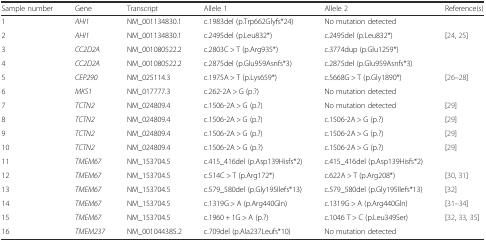
<table><thead><tr><td><b>Sample number</b></td><td><b>Gene</b></td><td><b>Transcript</b></td><td><b>Allele 1</b></td><td><b>Allele 2</b></td><td><b>Reference(s)</b></td></tr></thead><tbody><tr><td>1</td><td><i>AHI1</i></td><td>NM_001134830.1</td><td>c.1983del (p.Trp662Glyfs*24)</td><td>No mutation detected</td><td></td></tr><tr><td>2</td><td><i>AHI1</i></td><td>NM_001134830.1</td><td>c.2495del (p.Leu832*)</td><td>c.2495del (p.Leu832*)</td><td>[24, 25]</td></tr><tr><td>3</td><td><i>CC2D2A</i></td><td>NM_001080522.2</td><td>c.2803C &gt; T (p.Arg935*)</td><td>c.3774dup (p.Glu1259*)</td><td></td></tr><tr><td>4</td><td><i>CC2D2A</i></td><td>NM_001080522.2</td><td>c.2875del (p.Glu959Asnfs*3)</td><td>c.2875del (p.Glu959Asnfs*3)</td><td></td></tr><tr><td>5</td><td><i>CEP290</i></td><td>NM_025114.3</td><td>c.1975A &gt; T (p.Lys659*)</td><td>c.5668G &gt; T (p.Gly1890*)</td><td>[26–28]</td></tr><tr><td>6</td><td><i>MKS1</i></td><td>NM_017777.3</td><td>c.262-2A &gt; G (p.?)</td><td>No mutation detected</td><td></td></tr><tr><td>7</td><td><i>TCTN2</i></td><td>NM_024809.4</td><td>c.1506-2A &gt; G (p.?)</td><td>No mutation detected</td><td>[29]</td></tr><tr><td>8</td><td><i>TCTN2</i></td><td>NM_024809.4</td><td>c.1506-2A &gt; G (p.?)</td><td>c.1506-2A &gt; G (p.?)</td><td>[29]</td></tr><tr><td>9</td><td><i>TCTN2</i></td><td>NM_024809.4</td><td>c.1506-2A &gt; G (p.?)</td><td>c.1506-2A &gt; G (p.?)</td><td>[29]</td></tr><tr><td>10</td><td><i>TCTN2</i></td><td>NM_024809.4</td><td>c.1506-2A &gt; G (p.?)</td><td>c.1506-2A &gt; G (p.?)</td><td>[29]</td></tr><tr><td>11</td><td><i>TMEM67</i></td><td>NM_153704.5</td><td>c.415_416del (p.Asp139Hisfs*2)</td><td>c.415_416del (p.Asp139Hisfs*2)</td><td></td></tr><tr><td>12</td><td><i>TMEM67</i></td><td>NM_153704.5</td><td>c.514C &gt; T (p.Arg172*)</td><td>c.622A &gt; T (p.Arg208*)</td><td>[30, 31]</td></tr><tr><td>13</td><td><i>TMEM67</i></td><td>NM_153704.5</td><td>c.579_580del (p.Gly195Ilefs*13)</td><td>c.579_580del (p.Gly195Ilefs*13)</td><td>[32]</td></tr><tr><td>14</td><td><i>TMEM67</i></td><td>NM_153704.5</td><td>c.1319G &gt; A (p.Arg440Gln)</td><td>c.1319G &gt; A (p.Arg440Gln)</td><td>[31–34]</td></tr><tr><td>15</td><td><i>TMEM67</i></td><td>NM_153704.5</td><td>c.1960 + 1G &gt; A (p.?)</td><td>c.1046 T &gt; C (p.Leu349Ser)</td><td>[32, 33, 35]</td></tr><tr><td>16</td><td><i>TMEM237</i></td><td>NM_001044385.2</td><td>c.709del (p.Ala237Leufs*10)</td><td>No mutation detected</td><td></td></tr></tbody></table>